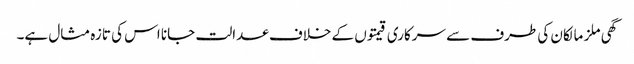
گھی ملز مالکان کی طرف سے سرکاری قیمتوں کے خلاف عدالت جانا اس کی تازہ مثال ہے۔